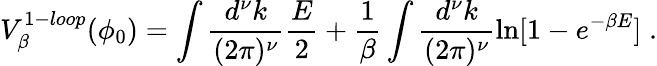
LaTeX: V_{\beta}^{1-loop}(\phi_{0})=\int\frac{d^{\nu}k}{(2\pi)^{\nu}}{\frac{E}{2}}+{\frac{1}{\beta}}\int\frac{d^{\nu}k}{(2\pi)^{\nu}}\ln[1-e^{-\beta E}]\; .